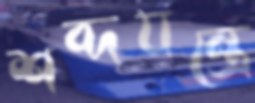
শব্দযন্ত্রে